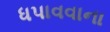
ધપાવવાના